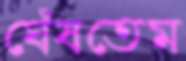
ঘেঁষতেম